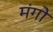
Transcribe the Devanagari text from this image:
मंगो